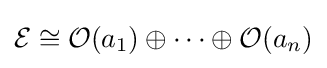
{\mathcal {E}}\cong {\mathcal {O}}(a_{1})\oplus \cdots \oplus {\mathcal {O}}(a_{n})